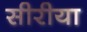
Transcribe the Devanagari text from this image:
सीरीया